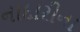
નાદારીના